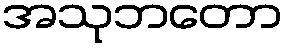
အသုဘတော